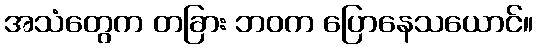
အသံတွေက တခြား ဘဝက ပြောနေသယောင်။